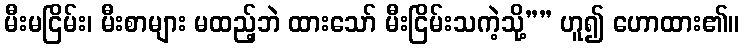
မီးမငြိမ်း၊ မီးစာများ မထည့်ဘဲ ထားသော် မီးငြိမ်းသကဲ့သို့”” ဟူ၍ ဟောထား၏။